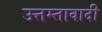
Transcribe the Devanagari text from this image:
उत्तम्तावादी